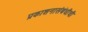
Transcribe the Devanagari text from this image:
प्रकाशनासंबंधीची